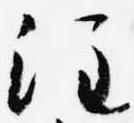
注